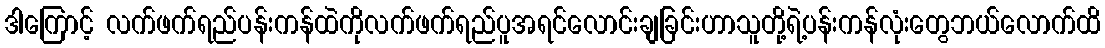
ဒါကြောင့် လက်ဖက်ရည်ပန်းကန်ထဲကိုလက်ဖက်ရည်ပူအရင်လောင်းချခြင်းဟာသူတို့ရဲ့ပန်းကန်လုံးတွေဘယ်လောက်ထိ